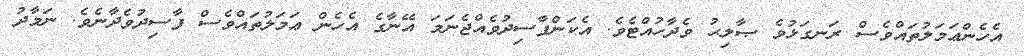
އެހެންޢަމަލުތައްވެސް ރަނގަޅުވެ ޞާލިޙު ވެދާހުއްޓެވެ. އެކަންފާސިދުވެއްޖެނަމަ އޭނާގެ އެހެން ޢަމަލުތައްވެސް ފާސިދުވެދާނެވެ. ނަމާދު